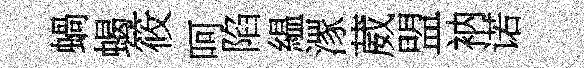
蝸蝎筱呵陷緼潈葳盟衲诺